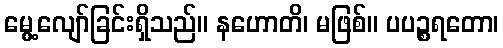
မွေ့လျော်ခြင်းရှိသည်။ နဟောတိ၊ မဖြစ်။ ပပဉ္စရတော၊